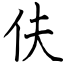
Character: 伕